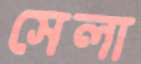
সেলা